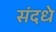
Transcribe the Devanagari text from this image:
संदधे